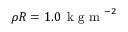
\rho R = 1 . 0 \, \mathrm { ~ k ~ g ~ m ~ } ^ { - 2 }